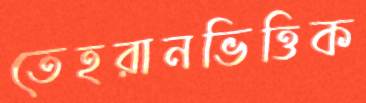
তেহরানভিত্তিক